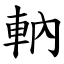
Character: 軜